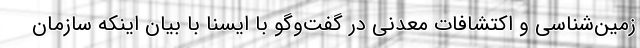
زمین‌شناسی و اکتشافات معدنی در گفت‌وگو با ایسنا با بیان اینکه سازمان